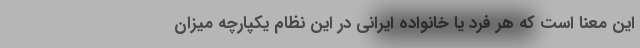
این معنا است که هر فرد یا خانواده ایرانی در این نظام یکپارچه میزان